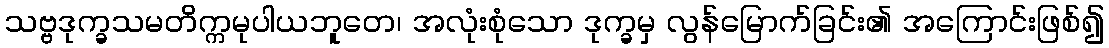
သဗ္ဗဒုက္ခသမတိက္ကမုပါယဘူတေ၊ အလုံးစုံသော ဒုက္ခမှ လွန်မြောက်ခြင်း၏ အကြောင်းဖြစ်၍